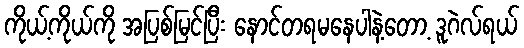
ကိုယ့်ကိုယ်ကို အပြစ်မြင်ပြီး နောင်တရမနေပါနဲ့တော့ ဒူဂဲလ်ရယ်